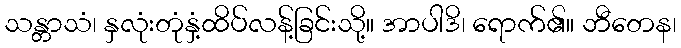
သန္တာသံ၊ နှလုံးတုံနှံ့ထိပ်လန့်ခြင်းသို့။ အာပါဒိ၊ ရောက်၏။ ဘီတေန၊